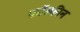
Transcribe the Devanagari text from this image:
फॉस्फीन